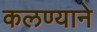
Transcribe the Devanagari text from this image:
कलण्याने